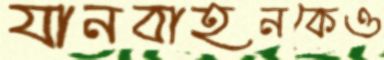
যানবাহনকেও